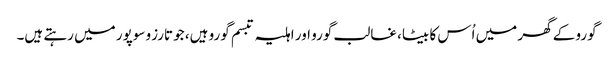
گورو کے گھر میں اُس کا بیٹا، غالب گورو اور اہلیہ تبسم گورو ہیں، جو تارزو سوپور میں رہتے ہیں۔